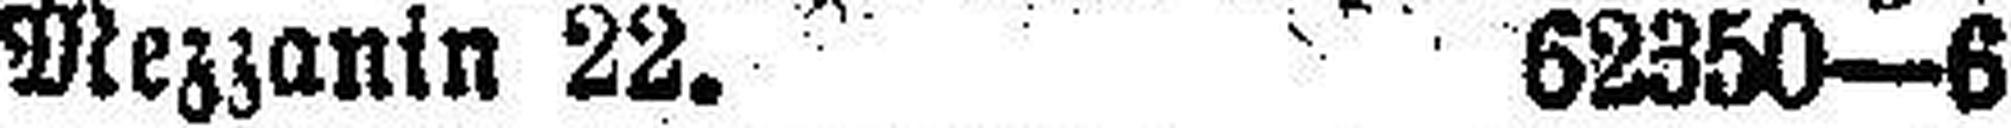
Mezzanin 22. 62350—6